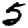
Digit: 5